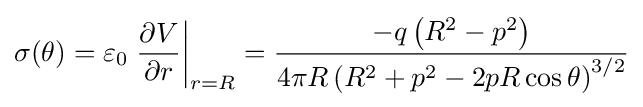
\sigma (\theta )=\varepsilon _{0}\left.{\frac {\partial V}{\partial r}}\right|_{r=R}={\frac {-q\left(R^{2}-p^{2}\right)}{4\pi R\left(R^{2}+p^{2}-2pR\cos \theta \right)^{3/2}}}